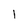
Character: 1